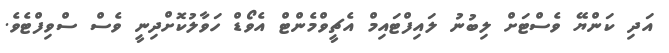
އަދި ކަންޔޭ ވެސްޓަށް ލިބުނު ލައިފްޓައިމް އެޗީވްމެންޓް އެވޯޑް ހަވާލުކޮށްދިނީ ވެސް ސްވިފްޓެވެ.